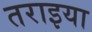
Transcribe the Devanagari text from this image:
तराइया